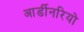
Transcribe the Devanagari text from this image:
आर्डीनरियो